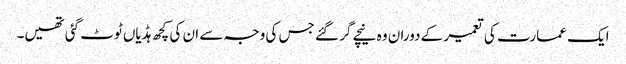
ایک عمارت کی تعمیر کے دوران وہ نیچے گر گئے جس کی وجہ سے ان کی کچھ ہڈیاں ٹوٹ گئی تھیں۔